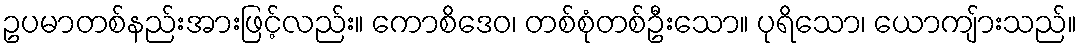
ဥပမာတစ်နည်းအားဖြင့်လည်း။ ကောစိဒေဝ၊ တစ်စုံတစ်ဦးသော။ ပုရိသော၊ ယောကျ်ားသည်။